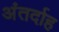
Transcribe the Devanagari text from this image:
अंतर्दाह